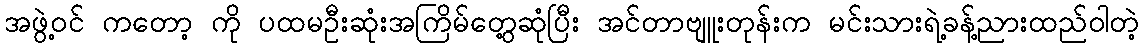
အဖွဲ့ဝင် ကတော့ ကို ပထမဦးဆုံးအကြိမ်တွေ့ဆုံပြီး အင်တာဗျူးတုန်းက မင်းသားရဲ့ခန့်ညားထည်ဝါတဲ့